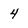
Character: 4